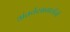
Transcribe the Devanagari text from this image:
अंतर्वस्त्रासाठीची